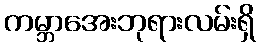
ကမ္ဘာအေးဘုရားလမ်းရှိ